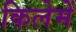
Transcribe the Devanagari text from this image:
किलेमें